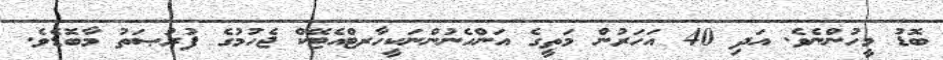
ބޮޑު މީހުންނެވެ. އަދި 40 އަހަރުން މަތީގެ އަންހެނުންނަކީހާރޓްއެޓޭކް ޖެހުމުގެ ފުރުޞަތު މާބޮޑެވެ.